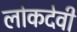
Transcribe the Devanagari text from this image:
लोकदेवी